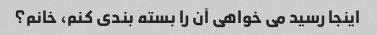
اینجا رسید می خواهی آن را بسته بندی کنم، خانم؟